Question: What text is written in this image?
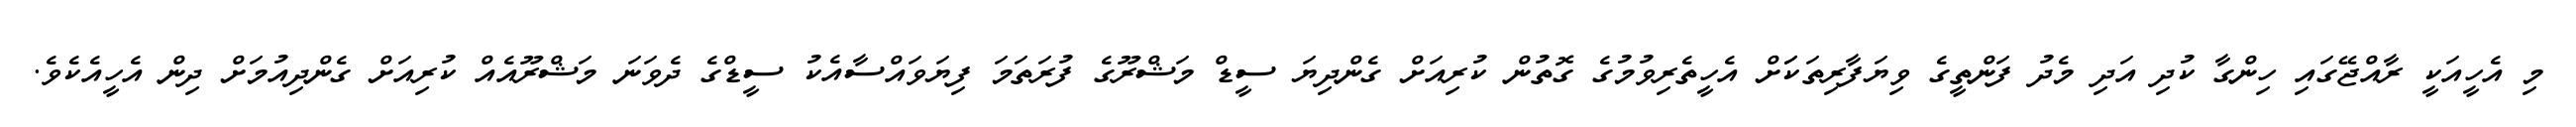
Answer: މި އެހީއަކީ ރާއްޖޭގައި ހިންގާ ކުދި އަދި މެދު ފަންތީގެ ވިޔަފާރިތަކަަށް އެހީތެރިވުމުގެ ގޮތުން ކުރިއަށް ގެންދިޔަ ސީޑް މަޝްރޫގެ ފުރަތަމަ ފިޔަވައްސާއެކު ސީޑްގެ ދެވަނަ މަޝްރޫއެއް ކުރިއަށް ގެންދިއުމަށް ދިން އެހީއެކެވެ.